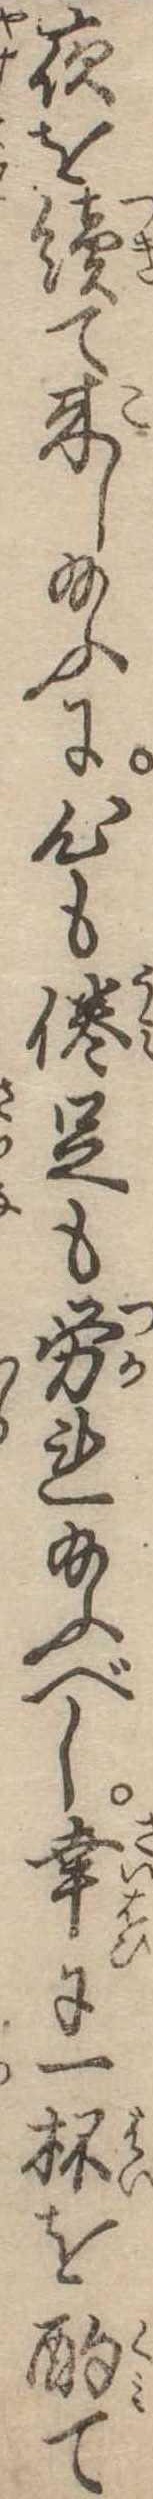
夜を続て来し給ふに心も倦足も労れ給ふべし幸に一杯を酌て